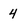
Character: 4